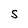
Character: S